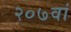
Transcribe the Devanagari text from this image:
२०७वां